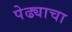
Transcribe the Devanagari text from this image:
पेढ्याचा